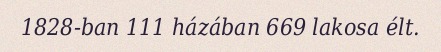
1828-ban 111 házában 669 lakosa élt.